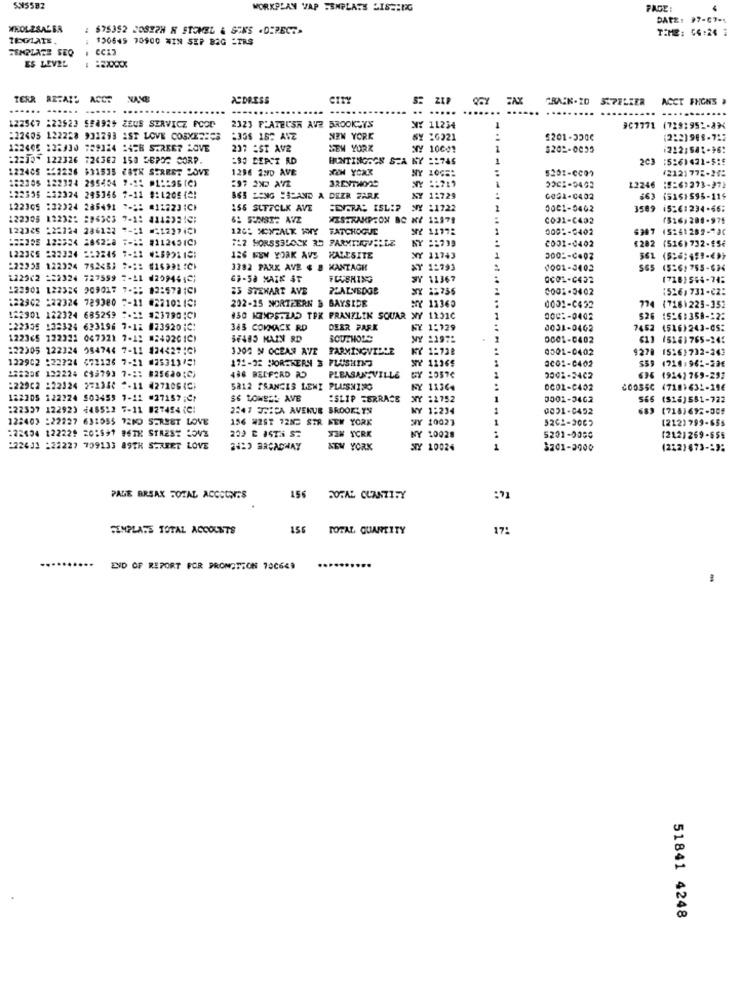
5.95582
WORKPLAN VAP TEMPLATE LISTING
PAGE:
DATE: 27-07-4
WHOLESALER
$75352 JOSEPH K STOMEL & SEKS . DIRECT.
TIME: 04:24 1
TEOGLATE
150645 70900 WIN SEP BAG :TRS
TEMPLATE SEQ
CC17
ES LEVEL
:XXXX
TERR RETAIS ACCE
ASDRESS
CITY
S: ZIP
ACCT FHONS .
...... ......
.. .
122547 :22923 5#4929 ZEUS SERVICE FOOD
2323 FLATECSR AVE BROOKSYS
NY 11234
907771 (729:951-AN
:22405 122228 931793 1ST LOVE COSMETICS
:35$ 15% AVZ
NEW YORK
SY 1G221
$201-350€
(2:2) 988-7:5
182605 135330 359124 24TH STREE7 LOVE
237 :ST AVE
NEW YORK
NY 10001
1
$202-0035
1212:581-96:
-2213- 122326 724362 150 DEPO7 CORP.
:90 BEPCT RD
HUNTINGOON SEA NY :1745
1
203 :5:6)421-5:5
122405 222236 $31535 28TH SERRET LOVE
1296 2ND AVE
5201-CC01
#2121772-24:
1:2205 122324 285454 75 01:595 (0)
NY 1005:
12246
12246 :5=6)273-371
122335 =32324 295346 7-11 9:1205(!
865 LONG SCAND A DEZR FARK
NY 12729
GOG1-0402
563 (5151595-114
122305 :32324 285491 7-1: #12223;CF
156 SUFFOLK AVE
DIGRAS ISL :?
NY :1722
0001-5462
350
15:61234-66:
122305 12232: 296303 7-1: 41123319;
6: SONST: AVZ
MISTRANPCON BO NY 11978
0031-C402
(516, 208-975
122325 122224 286122
120: MONTALK HWY PATCHOGUE
MY 11778
0001-0402
(5241282-130
:== 155 12:254 2862-8 7- 112451C>
#2 HORS53LOCK 35 FARMTIGVILLE
NY == 739
2001-0402
£282
(516) 732-95€
1223CS 222324 -12245 7-11
126 NEW YORK AVS HALESITE
Y 11743
3001-0402
222233 122324 753<3; ****
1782 PARK AVE & # KANTAGH
NY 1:793
0001-3402
SS5 (5:61755-634
1229C2 == 2324 727599 7-11 (209464;
63-58 MAIK AT
Y 11367
0001-C432
122901 122326 209017 7-1:
23 STEWART AVE
0001-0402
:526, 731-CZ:
NY 11360
:22902 122324 789380 7-11 #22101121
202-15 NORTHERN & BAYSIDE
0001-C452
(7161225-353
122901 122324 685259 "-"1 923790;C)
130 K7X25.2AD TPK FRANZLIK SQUAR
Y 12310
526 15261358-12:
:22335 132324 633196 7-12 8239201:
383 COMMACK RD
DEER PARK
KY 1:729
0031-0462
7462
(516)243-CS:
122365 122321 047321 7-1:
#2402CIC)
SOUTHOLS
Y 1197:
0001-0402
(5163765-245
122305 122324 084744 7-11 824427:CI
3302 N OCEAN AVE
FARMINGVILLE
KY 1:728
0501-0402
9278 15:6)732-243
132902 :22224 671126 7-11
025313451
171-22 HORENERN 3 FLUSHING
0001-C402
$59 4718.962-23€
1136$
122256 122224 C93793 7-1: 825620;0)
438 BELFORD AD
PLEASANTVILLE
GY 2057¢
0002-3402
696 (924)759-293
:22902 122324 271346 2-11 4271061)
5812 FRANCES LEWI PLUSNING
NY 11364
OCOR-C452
COO35C (7181632-196
122205 122224 503459 7-11 "27157 ;Cf
S6 LOWES! AVE
:SLIP FERRACE
NY 22752
0002-3462
S&6 (S26)551-722
:22537 12292)
+48552 5-11 027494 (CI
2347 3SICA AVENUE BROOK: TS
KY 1:234
0031-0452
689
122403 :22227 631555 72ND STREET LOVE
156 WIST 72ND SIR NEW YORK
SY 20023
(212)799-655
:22134 122229 201591 96TH STREST LOVE
SIM YORK
NY 10028
5201-0080
(212)269-655
122433 :22227 709133 89TH STREET LOVE
2429 BRCACHAY
NEW YORK
SY 10024
$201-2000
(212)473-19:
PAGE BRSAX FOTAL ACCOUNTS
156
FORAL CLANTIFY
SINPLASS TOTAL ACCOUNTS
156
TOTAL QUANTITY
17:
END OF REPORT FOR PRONATION 70C649
51841 4248